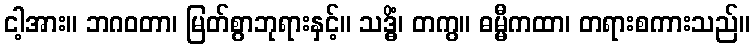
ငါ့အား။ ဘဂဝတာ၊ မြတ်စွာဘုရားနှင့်။ သဒ္ဓိံ၊ တကွ။ ဓမ္မီကထာ၊ တရားစကားသည်။